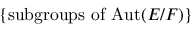
\{ { \mathrm { s u b g r o u p s ~ o f ~ A u t } } ( E / F ) \}